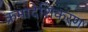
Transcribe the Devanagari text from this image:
क्रमादेशिकरण